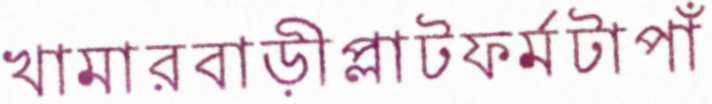
খামারবাড়ীপ্লাটফর্মটাপাঁ